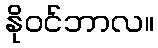
နိုဝင်ဘာလ။